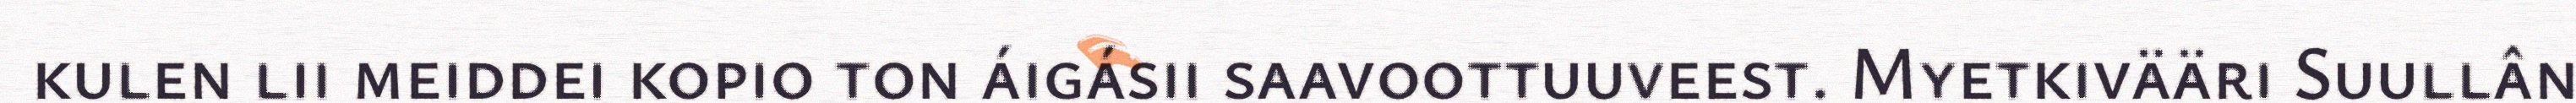
kulen lii meiddei kopio ton áigásii saavoottuuveest. Myetkivääri Suullân